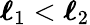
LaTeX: {\boldsymbol{\ell}}_{1}<{\boldsymbol{\ell}}_{2}